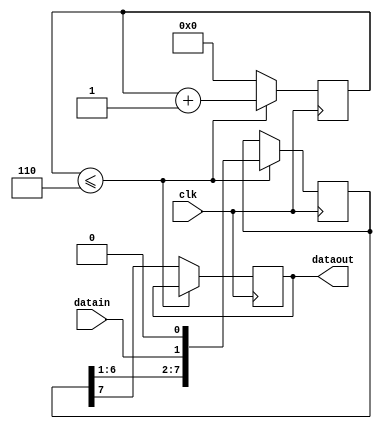
/*module fifo_reg (dataout,datain,clk,emt);
  input datain,clk,emt;
  output reg dataout;
  reg rgst[0:3];
  reg [1:0]cnt=0;
always @(posedge clk)
begin
  if(emt)
    begin
    rgst[0]=1'bx;
    rgst[1]=1'bx;
    rgst[2]=1'bx;
    rgst[3]=1'bx;
  end
else
  begin
   rgst[0]=datain;
   if(cnt <=2)
     begin
       rgst[cnt+1]=rgst[cnt];
       cnt = cnt+1;
     end
   else
     begin
     dataout = rgst[cnt];
     cnt = 0;
   end
   end
 end
 endmodule*/
 module fifo_reg(dataout,datain,clk);
   input datain,clk;
   output  reg dataout;
   reg [7:0] mem = 8'bz;
   reg [3:0]cnt=0; 
   always @(posedge clk)
   begin
     if(cnt<=6)
       begin
     mem[0] = datain;
     mem = mem << 1;
     cnt = cnt+1;
   end
     else
       begin
     dataout = mem[7];
     cnt = 0;
      end
 end
 endmodule